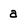
Character: a